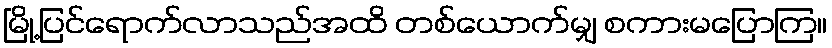
မြို့ပြင်ရောက်လာသည်အထိ တစ်ယောက်မျှ စကားမပြောကြ။